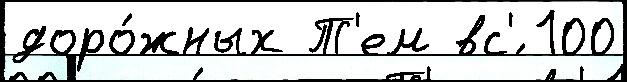
доро́жных Т'ем вс'́ 100